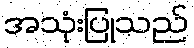
အသုံးပြုသည်